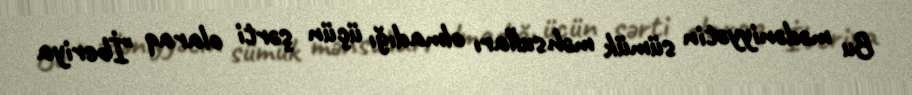
Bu mədəniyyətin sümük məhsulları olmadığı üçün şərti olaraq "İberiya